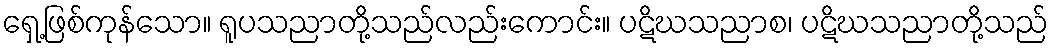
ရှေ့ဖြစ်ကုန်သော။ ရူပသညာတို့သည်လည်းကောင်း။ ပဋိဃသညာစ၊ ပဋိဃသညာတို့သည်